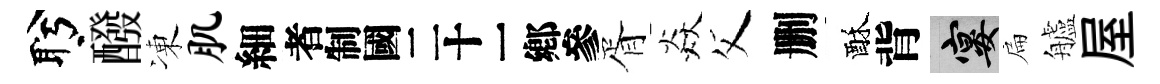
盻醱凍肌細识胥焱父删酥背宴扁艫屋